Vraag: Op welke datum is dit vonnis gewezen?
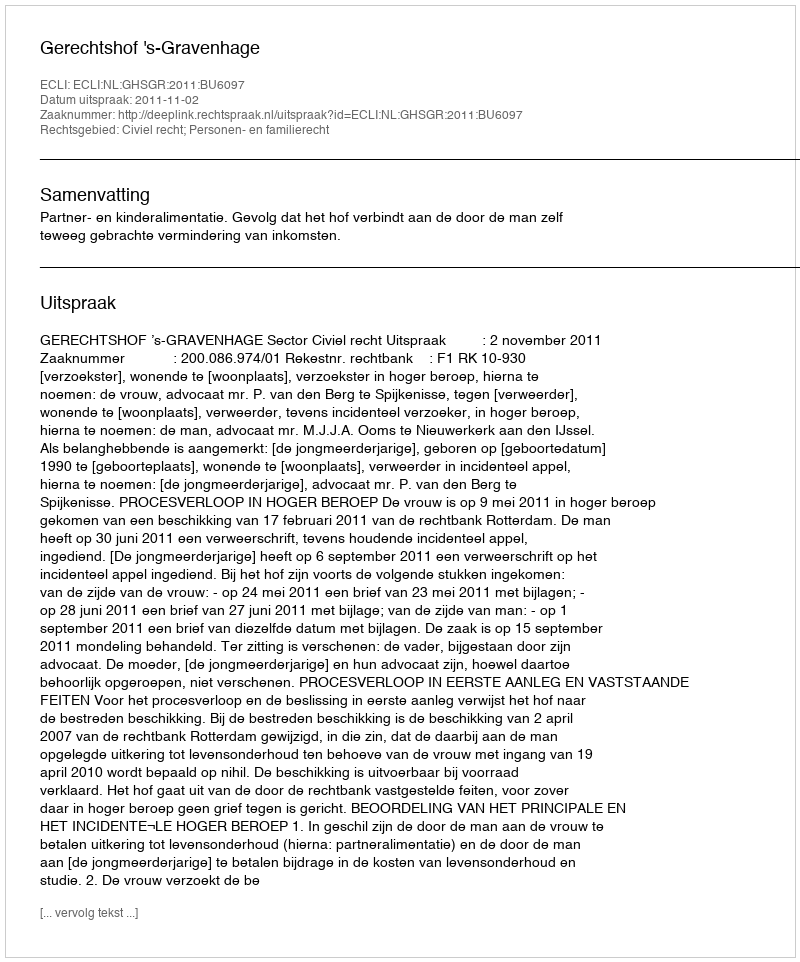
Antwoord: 2011-11-02